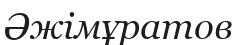
Әжімұратов